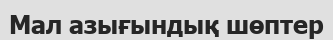
Мал азығындық шөптер